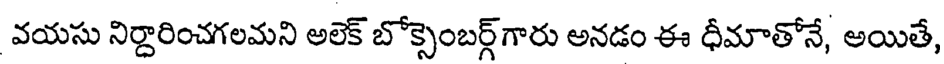
వయసు నిర్దారించగలమని అలెక్ బోక్సెంబర్గ్గారు అనడం ఈ ధీమాతోనే, అయితే,